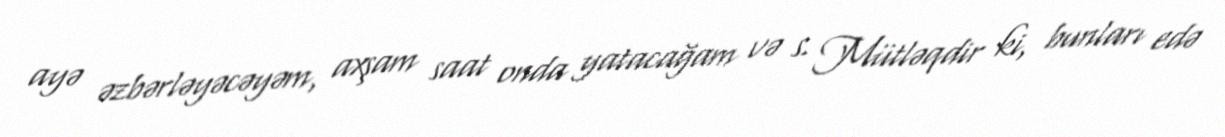
ayə əzbərləyəcəyəm, axşam saat onda yatacağam və s. Mütləqdir ki, bunları edə